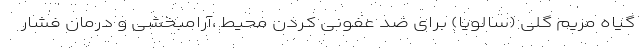
گیاه مریم گلی (سالویا) برای ضد عفونی کردن محیط ،آرامبخشی و درمان فشار